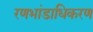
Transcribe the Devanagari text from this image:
रणभांडाधिकरण